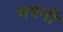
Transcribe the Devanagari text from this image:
मपनी